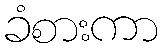
ခံစားကာ